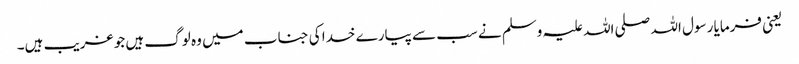
یعنی فرمایا رسول اللہ صلی اللہ علیہ وسلم نے سب سے پیارے خدا کی جناب میں وہ لوگ ہیں جو غریب ہیں۔